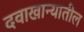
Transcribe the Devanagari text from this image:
दवाखान्यातील